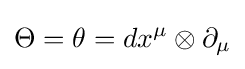
\Theta =\theta =dx^{\mu }\otimes \partial _{\mu }